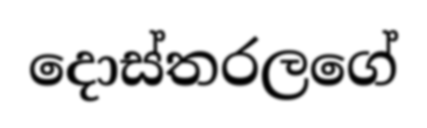
දොස්තරලගේ